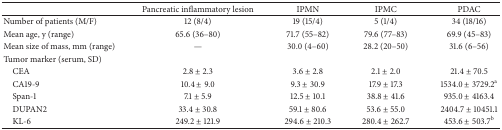
<table><thead><tr><td><b> </b></td><td><b>Pancreatic inflammatory lesion</b></td><td><b>IPMN</b></td><td><b>IPMC</b></td><td><b>PDAC</b></td></tr></thead><tbody><tr><td>Number of patients (M/F)</td><td>12 (8/4)</td><td>19 (15/4)</td><td>5 (1/4)</td><td>34 (18/16)</td></tr><tr><td>Mean age, y (range)</td><td>65.6 (36–80)</td><td>71.7 (55–82)</td><td>79.6 (77–83)</td><td>69.9 (45–83)</td></tr><tr><td>Mean size of mass, mm (range)</td><td>—</td><td>30.0 (4–60)</td><td>28.2 (20–50)</td><td>31.6 (6–56)</td></tr><tr><td>Tumor marker (serum, SD)</td><td> </td><td> </td><td> </td><td> </td></tr><tr><td> CEA</td><td>2.8 ± 2.3</td><td>3.6 ± 2.8</td><td>2.1 ± 2.0</td><td>21.4 ± 70.5</td></tr><tr><td> CA19-9</td><td>10.4 ± 9.0</td><td>9.3 ± 30.9</td><td>17.9 ± 17.3</td><td>1534.0 ± 3729.2<sup>a</sup></td></tr><tr><td> Span-1</td><td>7.1 ± 5.9</td><td>12.5 ± 10.1</td><td>38.8 ± 41.6</td><td>935.0 ± 4163.4</td></tr><tr><td> DUPAN2</td><td>33.4 ± 30.8</td><td>59.1 ± 80.6</td><td>53.6 ± 55.0</td><td>2404.7 ± 10451.1</td></tr><tr><td> KL-6</td><td>249.2 ± 121.9</td><td>294.6 ± 210.3</td><td>280.4 ± 262.7</td><td>453.6 ± 503.7<sup>b</sup></td></tr></tbody></table>